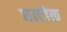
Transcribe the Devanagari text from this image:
घाटोळ